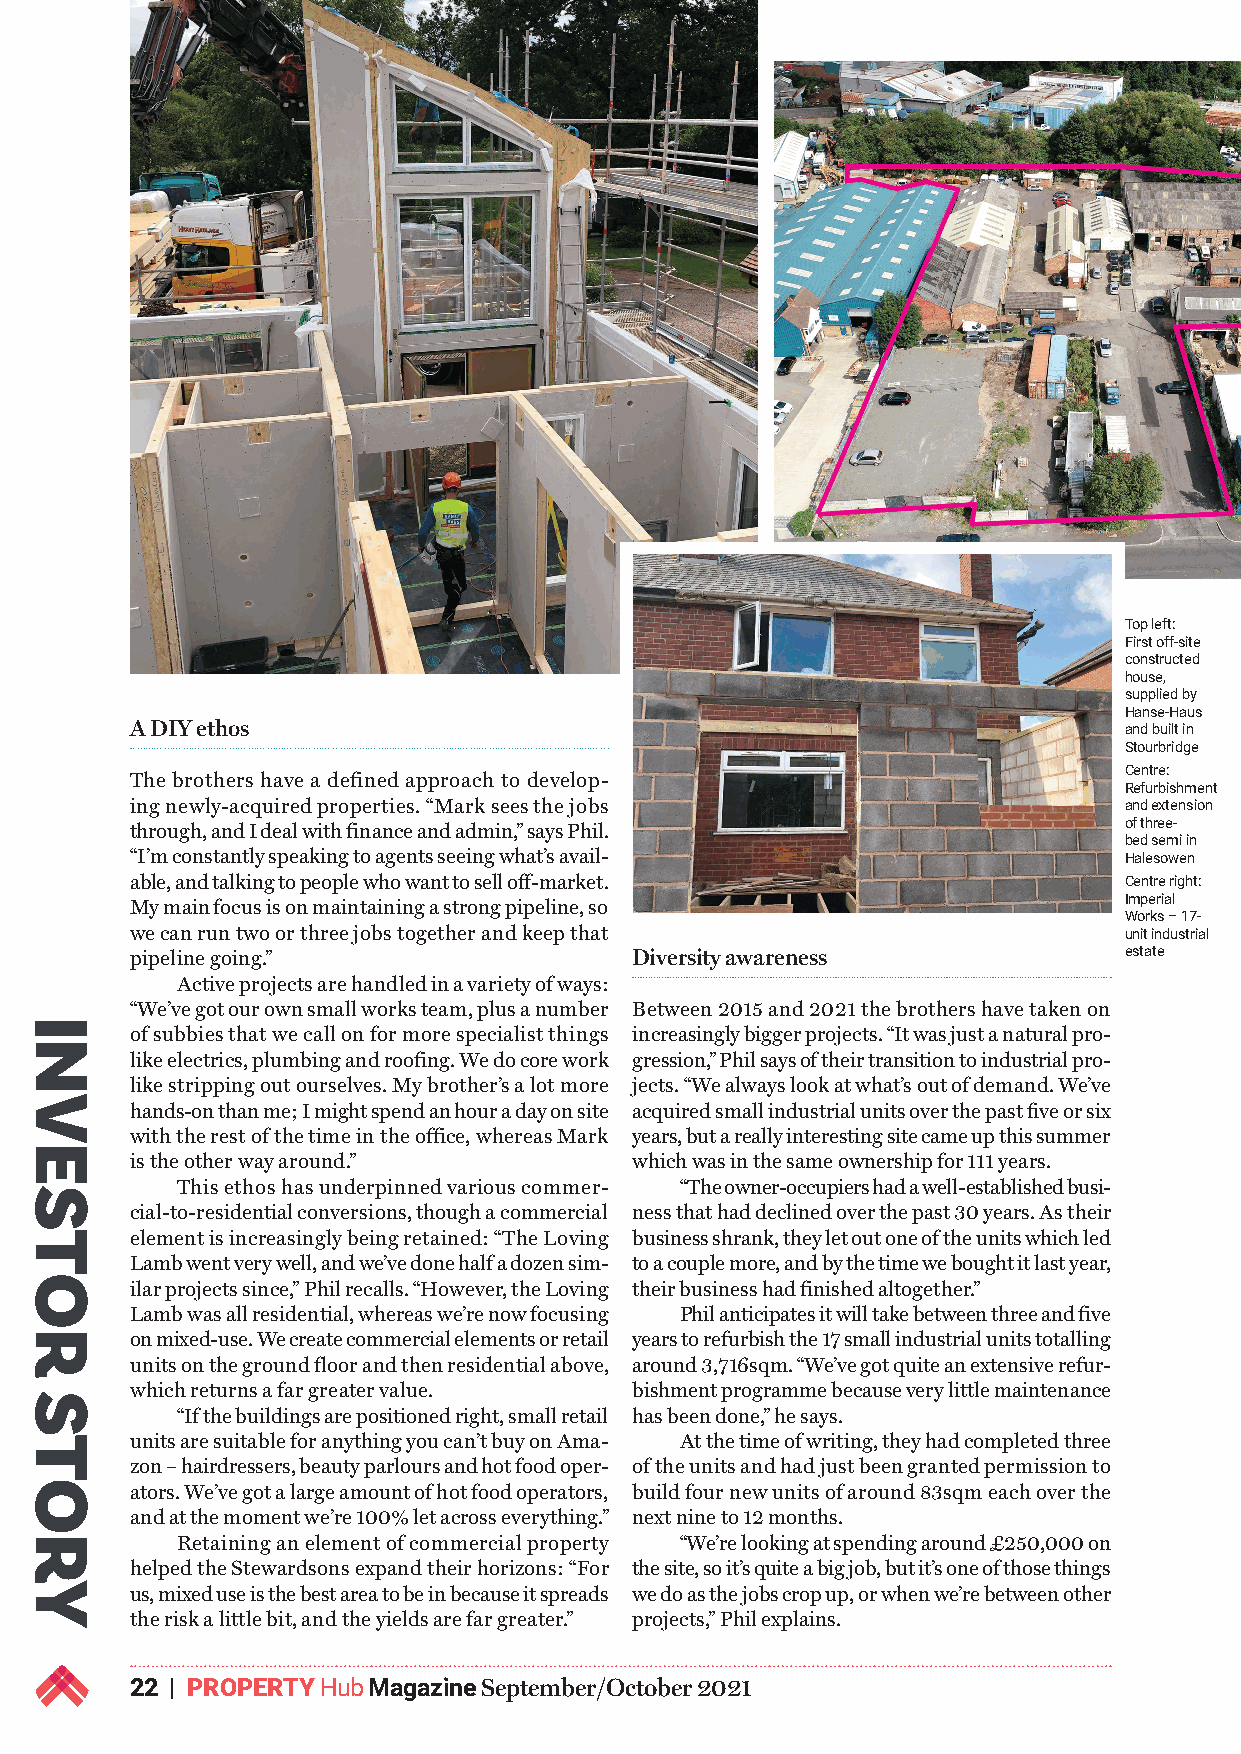
Top left:
 First off-site
 constructed
 house,
 supplied by
 Hanse-Haus
 A DIY ethos                                                      and built in
 Stourbridge
 Centre:
 The brothers have a defined approach to develop-
 Refurbishment
 ing newly-acquired properties. “Mark sees the jobs               and extension
 through, and I deal with finance and admin,” says Phil.          of three-
 bed semi in
 “I’m constantly speaking to agents seeing what’s avail-          Halesowen
 able, and talking to people who want to sell off-market.         Centre right:
 My main focus is on maintaining a strong pipeline, so            Imperial
 Works – 17-
 we can run two or three jobs together and keep that              unit industrial
 pipeline going.”                 Diversity awareness             estate
 Active projects are handled in a variety of ways:
 “We’ve got our own small works team, plus a number Between 2015 and 2021 the brothers have taken on
 of subbies that we call on for more specialist things increasingly bigger projects. “It was just a natural pro-
 like electrics, plumbing and roofing. We do core work gression,” Phil says of their transition to industrial pro-
 like stripping out ourselves. My brother’s a lot more jects. “We always look at what’s out of demand. We’ve
 hands-on than me; I might spend an hour a day on site acquired small industrial units over the past five or six
 with the rest of the time in the office, whereas Mark years, but a really interesting site came up this summer
 is the other way around.”        which was in the same ownership for 111 years.
 This ethos has underpinned various commer- “The owner-occupiers had a well-established busi-
 cial-to-residential conversions, though a commercial ness that had declined over the past 30 years. As their
 element is increasingly being retained: “The Loving business shrank, they let out one of the units which led
 Lamb went very well, and we’ve done half a dozen sim- to a couple more, and by the time we bought it last year,
 ilar projects since,” Phil recalls. “However, the Loving their business had finished altogether.”
 Lamb was all residential, whereas we’re now focusing Phil anticipates it will take between three and five
 on mixed-use. We create commercial elements or retail years to refurbish the 17 small industrial units totalling
 units on the ground floor and then residential above, around 3,716sqm. “We’ve got quite an extensive refur-
 which returns a far greater value. bishment programme because very little maintenance
 “If the buildings are positioned right, small retail has been done,” he says.
 units are suitable for anything you can’t buy on Ama- At the time of writing, they had completed three
 zon – hairdressers, beauty parlours and hot food oper- of the units and had just been granted permission to
 ators. We’ve got a large amount of hot food operators, build four new units of around 83sqm each over the
 and at the moment we’re 100% let across everything.” next nine to 12 months.
 Retaining an element of commercial property “We’re looking at spending around £250,000 on
 helped the Stewardsons expand their horizons: “For the site, so it’s quite a big job, but it’s one of those things
 us, mixed use is the best area to be in because it spreads we do as the jobs crop up, or when we’re between other
 the risk a little bit, and the yields are far greater.” projects,” Phil explains.
 22 | PROPERTY Hub Magazine September/October 2021
 INVESTOR
 STORY